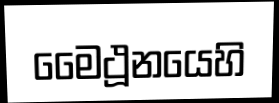
මෛථූනයෙහි